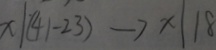
x \vert ( 4 1 - 2 3 ) \rightarrow x \vert 1 8